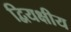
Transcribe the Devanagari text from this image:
द्वियक्षीय